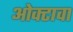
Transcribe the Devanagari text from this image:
ओक्टावा